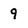
Character: 9